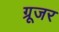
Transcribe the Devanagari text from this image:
ग्रूजर